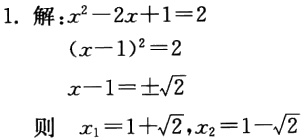
1. 解：
   - \(x^{2}-2x + 1 = 2\)
   - \((x - 1)^{2}=2\)
   - \(x - 1=\pm\sqrt{2}\)
   则 \(x_{1}=1+\sqrt{2},x_{2}=1-\sqrt{2}\)